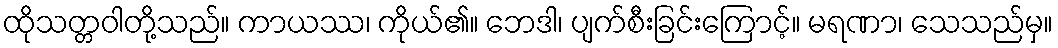
ထိုသတ္တဝါတို့သည်။ ကာယဿ၊ ကိုယ်၏။ ဘေဒါ၊ ပျက်စီးခြင်းကြောင့်။ မရဏာ၊ သေသည်မှ။